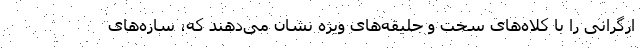
ارگرانی را با کلاه‌های سخت و جلیقه‌های ویژه نشان می‌دهند که، سازه‌های